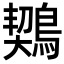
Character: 𪃈